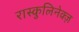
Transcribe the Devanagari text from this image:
रास्कुलिनेक्ज़